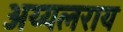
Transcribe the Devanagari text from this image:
अय्यलराय